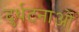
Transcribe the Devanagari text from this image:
दुर्धटनाओं